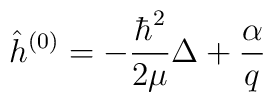
\hat h^{(0)} = - \frac{\hbar^2}{2\mu}\Delta + \frac{\alpha}{q}